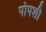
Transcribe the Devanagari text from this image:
पोपशी